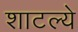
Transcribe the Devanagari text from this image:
शाटल्ये